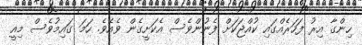
ހިންގާ އިރު ފަހަރެއްގައި ކުއްޖަކަށް ފެނުންވެސް އެކަށީގެން ވެއެވެ. ހަމަ ގައިމުވެސް މިއީ